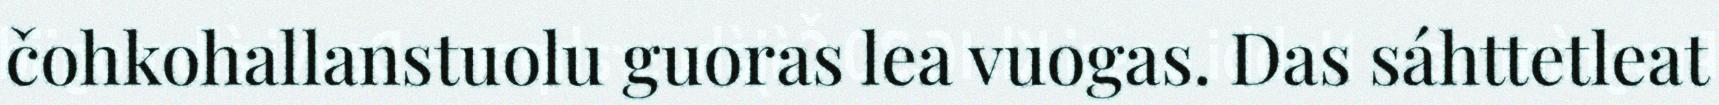
čohkohallanstuolu guoras lea vuogas. Das sáhttetleat